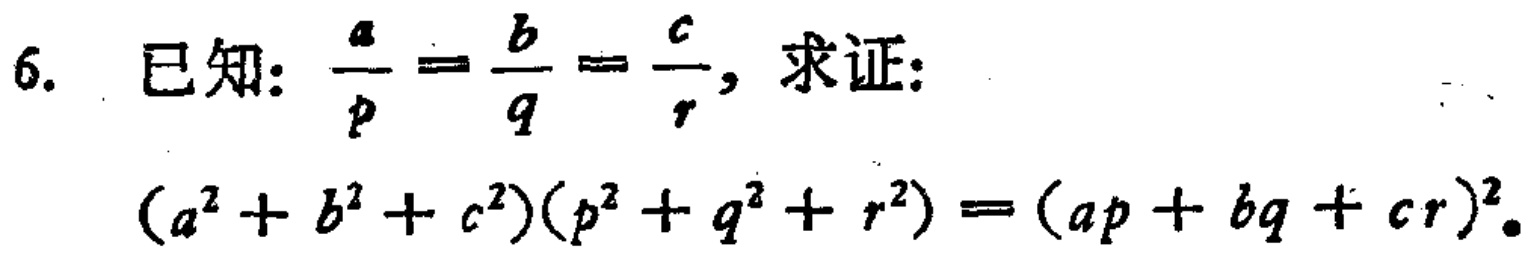
已知：$\frac{a}{p}=\frac{b}{q}=\frac{c}{r}$，求证：
\((a^{2}+b^{2}+c^{2})(p^{2}+q^{2}+r^{2})=(ap + bq + cr)^{2}\)。